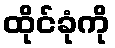
ထိုင်ခုံကို